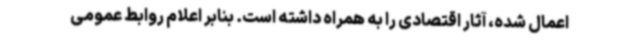
اعمال شده، آثار اقتصادی را به همراه داشته است. بنابر اعلام روابط عمومی